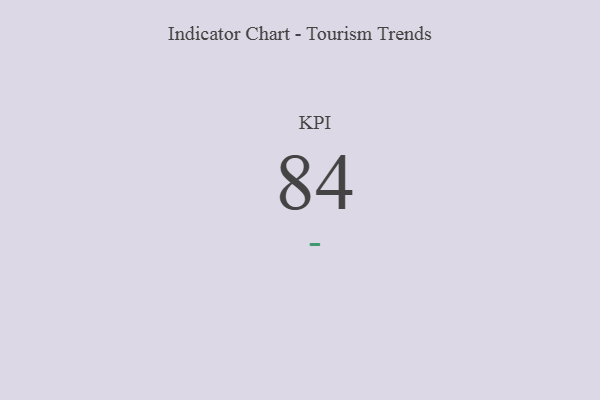
{"axis": {"x": "KPI", "y": "Value"}, "legend": [""], "data": [{"x": "KPI", "y": 84, "type": ""}]}